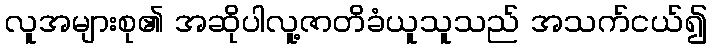
လူအများစု၏ အဆိုပါလူ့ဇာတိခံယူသူသည် အသက်ငယ်၍